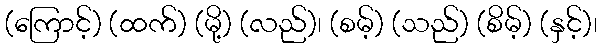
(ကြောင့်) (ထက်) (မို့) (လည်)၊ (စမ့်) (သည်) (စိမ့်) (နှင့်)၊